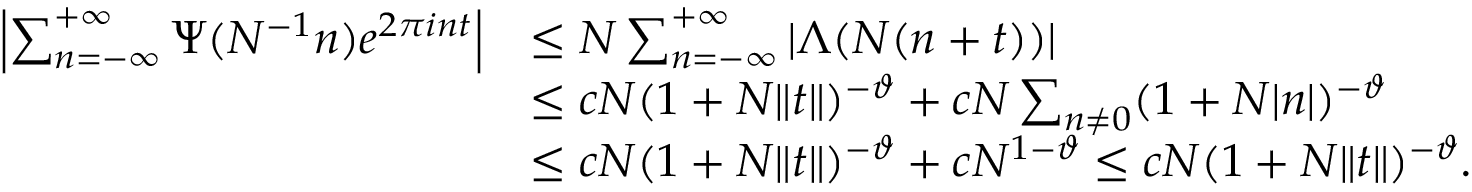
\begin{array} { r l } { \left| \sum _ { n = - \infty } ^ { + \infty } \Psi ( N ^ { - 1 } n ) e ^ { 2 \pi i n t } \right| } & { \leq N \sum _ { n = - \infty } ^ { + \infty } \vert \Lambda ( N ( n + t ) ) \vert } \\ & { \leq c N ( 1 + N \Vert t \Vert ) ^ { - \vartheta } + c N \sum _ { n \neq 0 } ( 1 + N \vert n \vert ) ^ { - \vartheta } } \\ & { \leq c N ( 1 + N \Vert t \Vert ) ^ { - \vartheta } + c N ^ { 1 - \vartheta } \leq c N ( 1 + N \Vert t \Vert ) ^ { - \vartheta } . } \end{array}